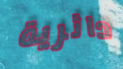
دائرية